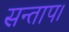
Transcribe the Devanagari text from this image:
सन्‍ताप।